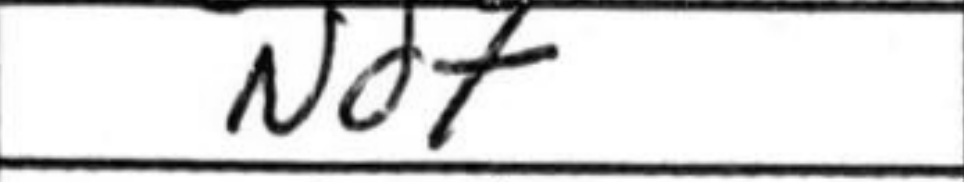
Transcription: Nd7